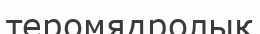
теромядролық